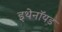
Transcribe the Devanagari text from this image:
इथेनॉयड